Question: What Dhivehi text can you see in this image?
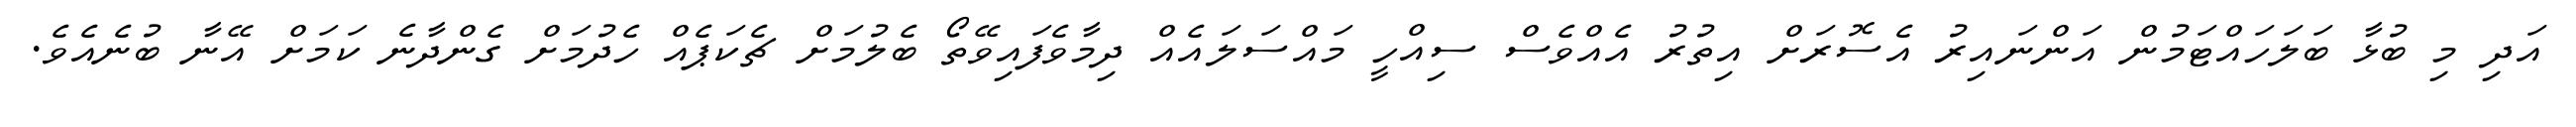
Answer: އަދި މި ބުޅާ ބަލަހައްޓަމުން އަންނައިރު އެސޮރަށް އިތުރު އެއްވެސް ސިއްހީ މައްސަލައެއް ދިމާވެފައިވޭތޯ ބެލުމަށް ޗެކަޕެއް ހެދުމަށް ގެންދާނެ ކަމަށް އޭނާ ބުނެއެވެ.